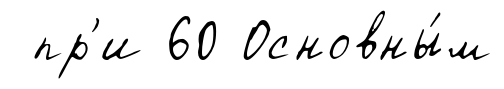
пр'и 60 Основны́м